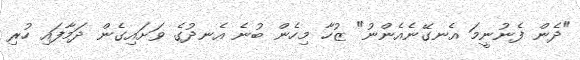
"ދެން ފެނުނީމަ އެނގޭނެއެންނު" ޒުހާ މިހެން ބުނެ އެނދުގެ ވަށައިގެން ދަމާފައި ހުރި